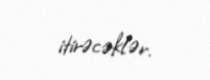
itirəcəklər.